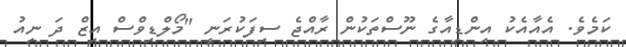
ކަމެވެ. އެއާއެކު އިންޑިއާގެ ނޫސްތަކުން ރާއްޖެ ސިފަކުރަނީ "މޯލްޑިވްސް އިޒް ދަ ނިއު